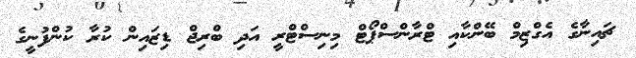
ޗައިނާގެ އެގްޒިމް ބޭންކާއި ޓްރާންސްޕޯޓް މިނިސްޓްރީ އަދި ބްރިޖް ޑިޒައިން ކުރާ ކުންފުނީގެ